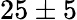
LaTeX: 25\pm 5